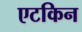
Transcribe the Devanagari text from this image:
एटकिन